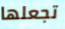
تجعلها